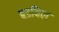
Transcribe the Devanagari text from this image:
बडबिल